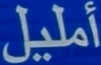
أميل